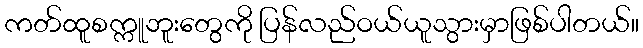
ကတ်ထူစက္ကူဘူးတွေကို ပြန်လည်ဝယ်ယူသွားမှာဖြစ်ပါတယ်။